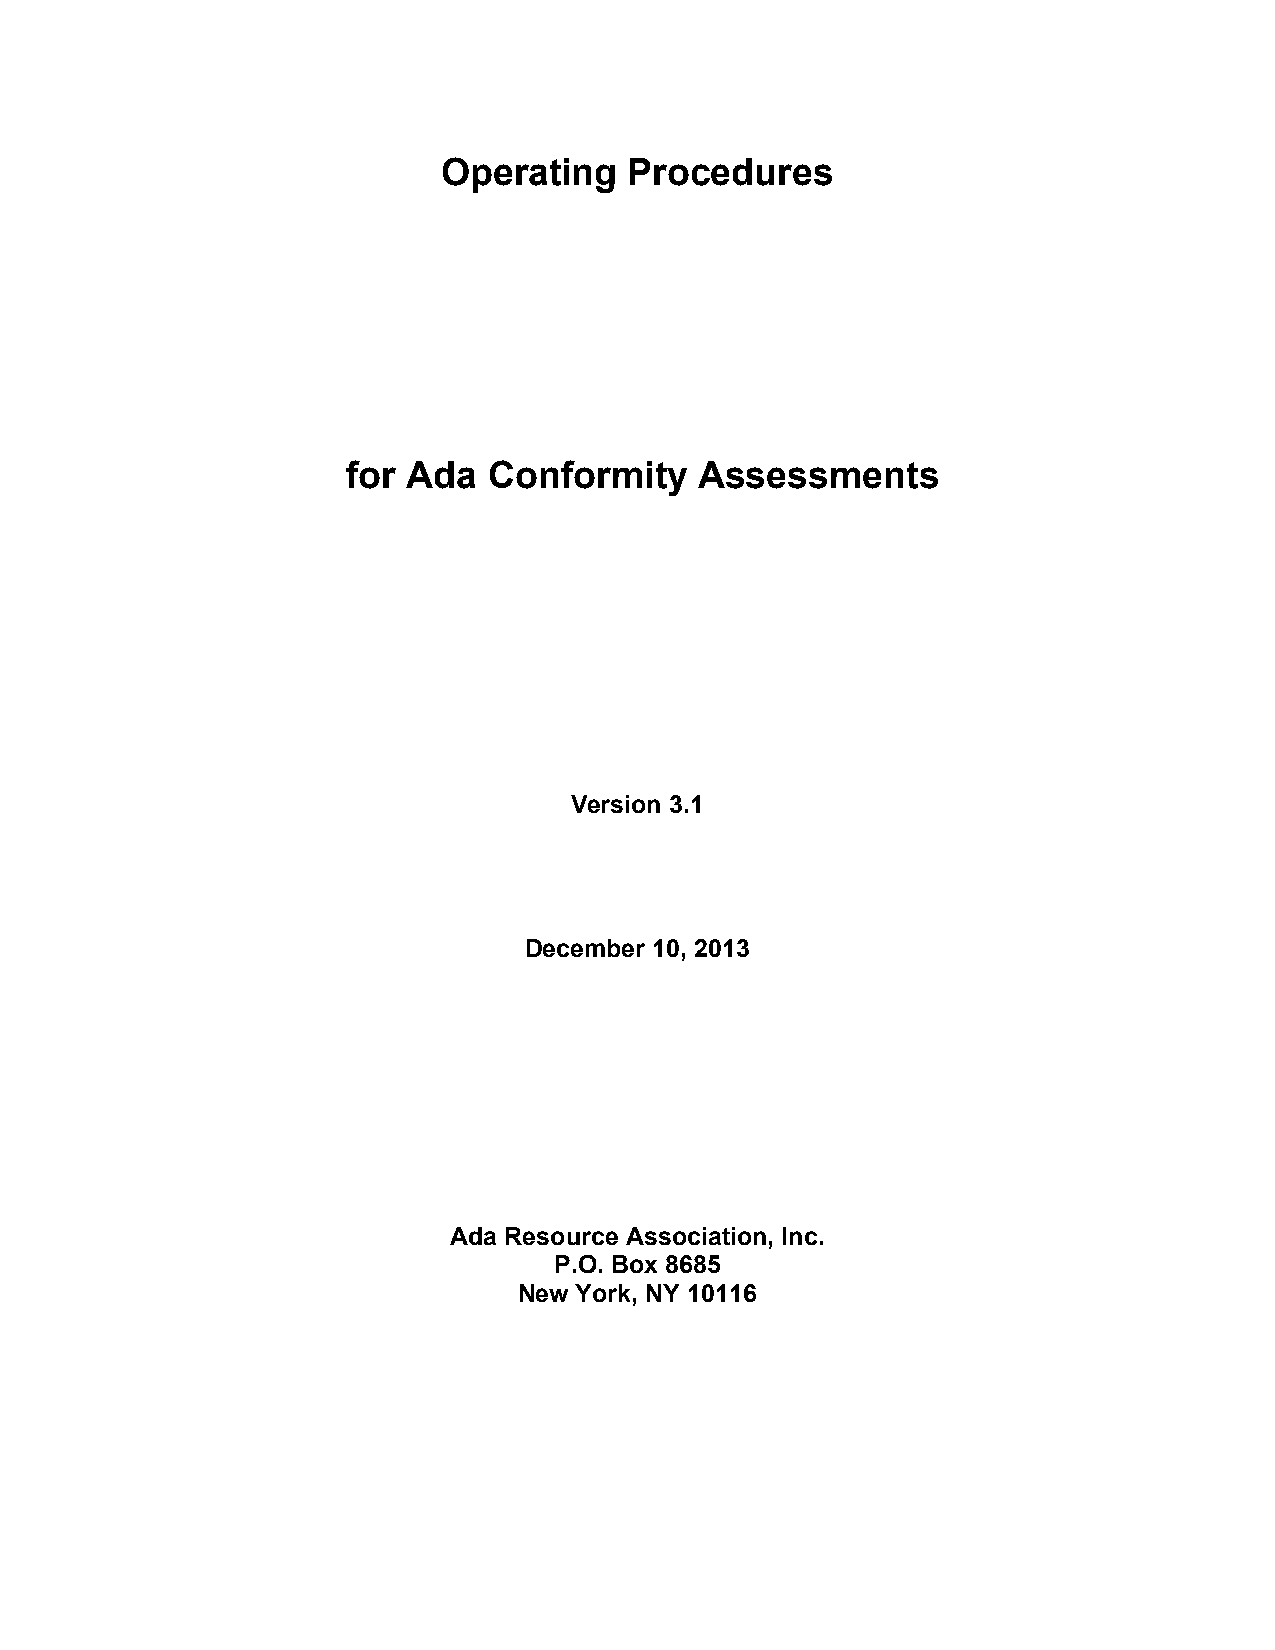
Operating    Procedures
 for Ada  Conformity    Assessments
 Version 3.1
 December 10, 2013
 Ada Resource Association, Inc.
 P.O. Box 8685
 New York, NY 10116